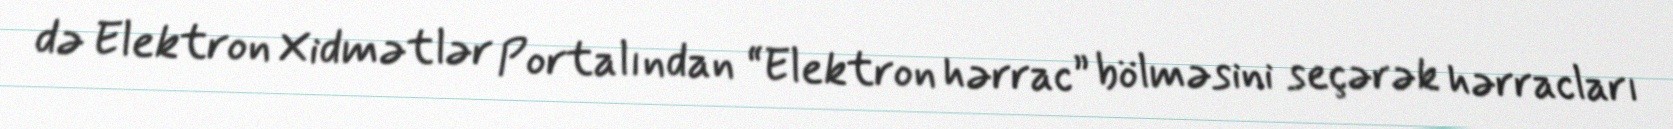
də Elektron Xidmətlər Portalından “Elektron hərrac” bölməsini seçərək hərracları